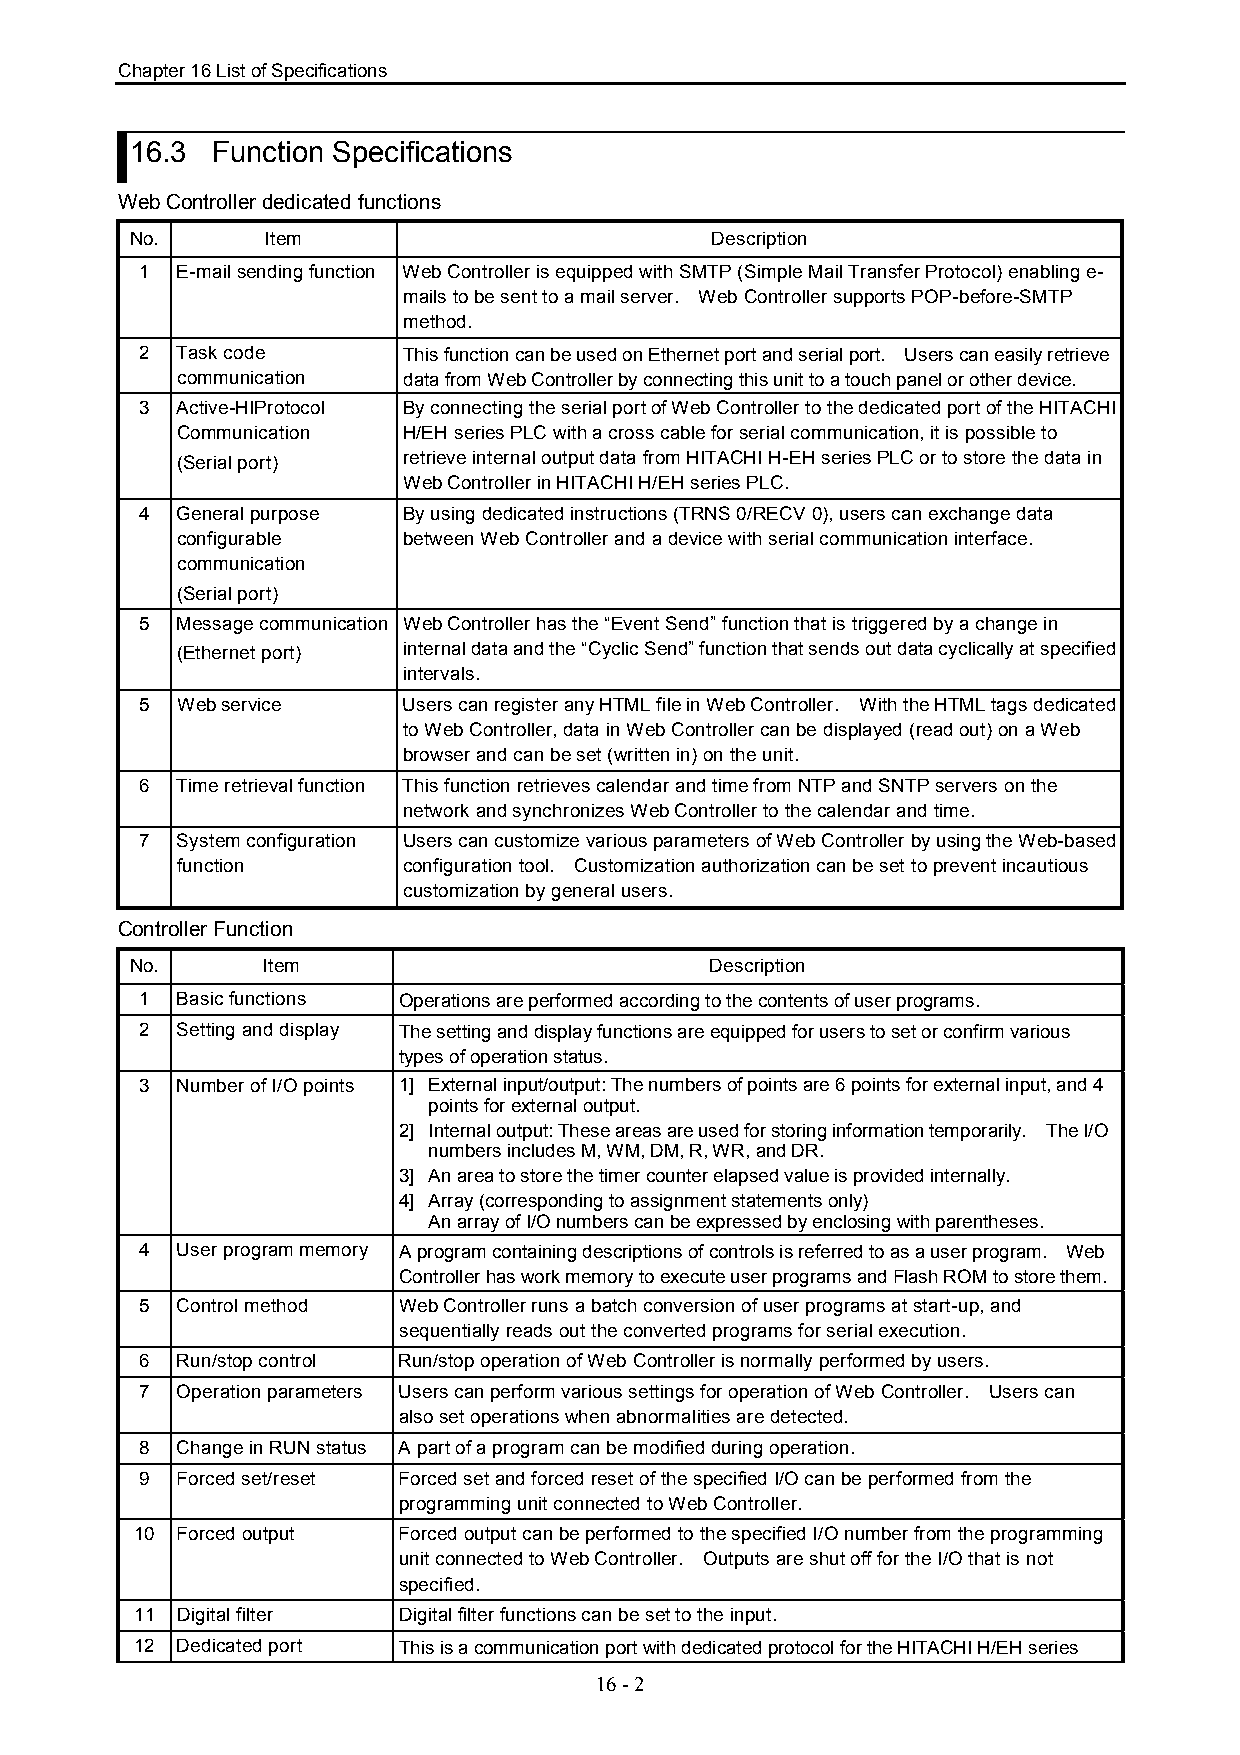
Chapter 16 List of Specifications
 16.3 Function Specifications
 Web Controller dedicated functions
 No.      Item                         Description
 1  E-mail sending function Web Controller is equipped with SMTP (Simple Mail Transfer Protocol) enabling e-
 mails to be sent to a mail server. Web Controller supports POP-before-SMTP
 method.
 2  Task code      This function can be used on Ethernet port and serial port. Users can easily retrieve
 communication  data from Web Controller by connecting this unit to a touch panel or other device.
 3  Active-HIProtocol By connecting the serial port of Web Controller to the dedicated port of the HITACHI
 Communication  H/EH series PLC with a cross cable for serial communication, it is possible to
 (Serial port)  retrieve internal output data from HITACHI H-EH series PLC or to store the data in
 Web Controller in HITACHI H/EH series PLC.
 4  General purpose By using dedicated instructions (TRNS 0/RECV 0), users can exchange data
 configurable   between Web Controller and a device with serial communication interface.
 communication
 (Serial port)
 5  Message communication Web Controller has the “Event Send” function that is triggered by a change in
 (Ethernet port) internal data and the “Cyclic Send” function that sends out data cyclically at specified
 intervals.
 5  Web service    Users can register any HTML file in Web Controller. With the HTML tags dedicated
 to Web Controller, data in Web Controller can be displayed (read out) on a Web
 browser and can be set (written in) on the unit.
 6  Time retrieval function This function retrieves calendar and time from NTP and SNTP servers on the
 network and synchronizes Web Controller to the calendar and time.
 7  System configuration Users can customize various parameters of Web Controller by using the Web-based
 function       configuration tool. Customization authorization can be set to prevent incautious
 customization by general users.
 Controller Function
 No.     Item                          Description
 1  Basic functions Operations are performed according to the contents of user programs.
 2  Setting and display The setting and display functions are equipped for users to set or confirm various
 types of operation status.
 3  Number of I/O points 1] External input/output: The numbers of points are 6 points for external input, and 4
 points for external output.
 2] Internal output: These areas are used for storing information temporarily. The I/O
 numbers includes M, WM, DM, R, WR, and DR.
 3] An area to store the timer counter elapsed value is provided internally.
 4] Array (corresponding to assignment statements only)
 An array of I/O numbers can be expressed by enclosing with parentheses.
 4  User program memory A program containing descriptions of controls is referred to as a user program. Web
 Controller has work memory to execute user programs and Flash ROM to store them.
 5  Control method Web Controller runs a batch conversion of user programs at start-up, and
 sequentially reads out the converted programs for serial execution.
 6  Run/stop control Run/stop operation of Web Controller is normally performed by users.
 7  Operation parameters Users can perform various settings for operation of Web Controller. Users can
 also set operations when abnormalities are detected.
 8  Change in RUN status A part of a program can be modified during operation.
 9  Forced set/reset Forced set and forced reset of the specified I/O can be performed from the
 programming unit connected to Web Controller.
 10 Forced output Forced output can be performed to the specified I/O number from the programming
 unit connected to Web Controller. Outputs are shut off for the I/O that is not
 specified.
 11 Digital filter Digital filter functions can be set to the input.
 12 Dedicated port This is a communication port with dedicated protocol for the HITACHI H/EH series
 16 - 2